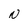
Character: N